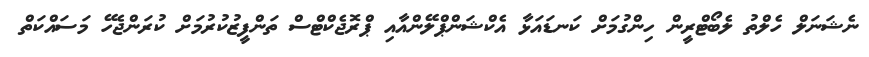
ނެޝަނަލް ހެލްތު ލެބޯޓްރީން ހިންގުމަށް ކަނޑައަޅާ އެކްޝަންޕްލޭންއާއި ޕްރޮޖެކްޓްސް ތަންފީޒުކުރުމަށް ކުރަންޖެހޭ މަސައްކަތް